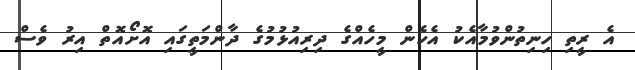
އެ ރީތި ހިނިތުންވުމާއެކު އެހެން މީހެއްގެ ދިރިއުޅުމުގެ ދާންމަތީގައި އޮށޯއޮތް އިރު ވެސް